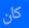
كان